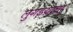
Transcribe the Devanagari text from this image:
लुगडय़ाचा